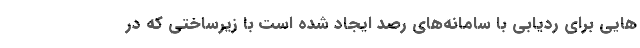
هایی برای ردیابی با سامانه‌های رصد ایجاد شده است با زیرساختی که در